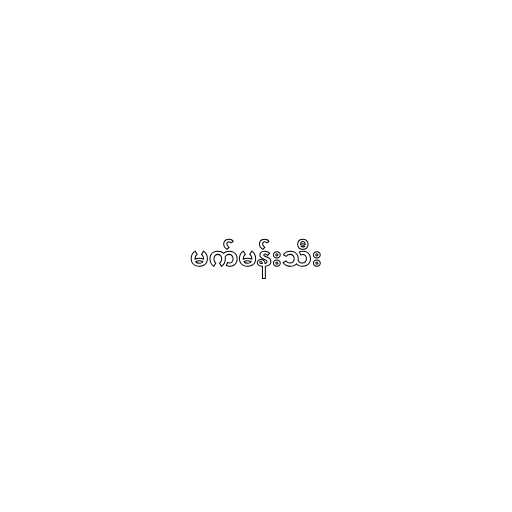
မက်မန်းသီး